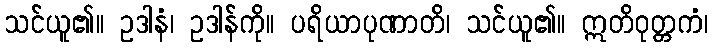
သင်ယူ၏။ ဥဒါနံ၊ ဥဒါန်ကို။ ပရိယာပုဏာတိ၊ သင်ယူ၏။ ဣတိဝုတ္တကံ၊